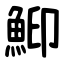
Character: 鮣